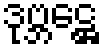
ဒုဗ္ဘဋ္ဌေ